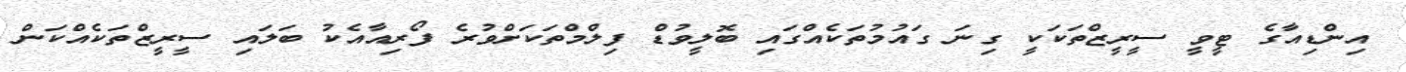
އިންޑިއާގެ ޓީވީ ސީރީޒްތަކަކީ ގިނަ ގައުމުތަކެއްގައި ބޮލީވުޑް ފިލްމްތަކަށްވުރެ ފޯރިއާއެކު ބަލައި ސީރީޒްތަކެއްކަން